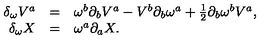
\begin{array} { r c l } { \delta _ { \omega } V ^ { a } } & { = } & { \omega ^ { b } \partial _ { b } V ^ { a } - V ^ { b } \partial _ { b } \omega ^ { a } + { \textstyle { \frac { 1 } { 2 } } } \partial _ { b } \omega ^ { b } V ^ { a } , } \\ { \delta _ { \omega } X } & { = } & { \omega ^ { a } \partial _ { a } X . } \\ \end{array}